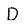
Character: D